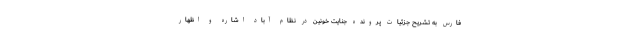
فارس به تشریح جزئیات پرونده جنایت خونین در نظام آباد اشاره و اظهار